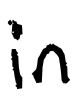
Text: in
Cross-out: clean
Writing tool: digital_black